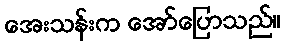
အေးသန်းက အော်ပြောသည်။